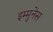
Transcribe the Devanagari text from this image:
इम्मुनेस